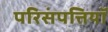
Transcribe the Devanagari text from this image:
परिसंपत्तियॉ